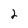
Character: 2